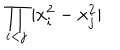
\displaystyle { \prod _ { i < j } | x _ { i } ^ { 2 } - x _ { j } ^ { 2 } | }